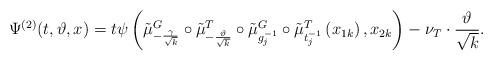
LaTeX: \begin{align*}\Psi^{(2)}(t,\vartheta,x)=t\psi\left(\tilde{\mu}^{G}_{-\frac{\gamma}{\sqrt{k}}}\circ\tilde{\mu}^{T}_{-\frac{\vartheta}{\sqrt{k}}}\circ\tilde{\mu}^{G}_{g^{-1}_{j}}\circ\tilde{\mu}^{T}_{t^{-1}_{j}}\left(x_{1k}\right),x_{2k}\right)-\nu_{T}\cdot \frac{\vartheta}{\sqrt{k}}.\end{align*}